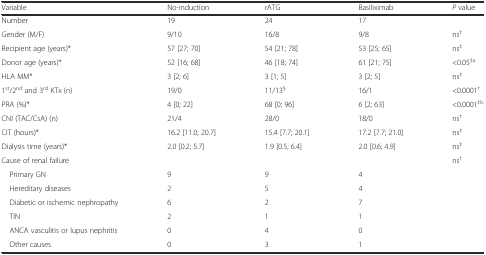
| Variable | No-induction | rATG | Basiliximab | P value |
 | --- | --- | --- | --- | --- |
 | Number | 19 | 24 | 17 |  |
 | Gender (M/F) | 9/10 | 16/8 | 9/8 | ns† |
 | Recipient age (years)* | 57 [27; 70] | 54 [21; 78] | 53 [25; 65] | ns‡ |
 | Donor age (years)* | 52 [16; 68] | 46 [18; 74] | 61 [21; 75] | <0.05‡a |
 | HLA MM* | 3 [2; 6] | 3 [1; 5] | 3 [2; 5] | ns‡ |
 | 1st/2nd and 3rd KTx (n) | 19/0 | 11/13§ | 16/1 | <0.0001† |
 | PRA (%)* | 4 [0; 22] | 68 [0; 96] | 6 [2; 63] | <0.0001‡b |
 | CNI (TAC/CsA) (n) | 21/4 | 28/0 | 18/0 | ns† |
 | CIT (hours)* | 16.2 [11.0; 20.7] | 15.4 [7.7; 20.1] | 17.2 [7.7; 21.0] | ns‡ |
 | Dialysis time (years)* | 2.0 [0.2; 5.7] | 1.9 [0.5; 6.4] | 2.0 [0.6; 4.9] | ns‡ |
 | Cause of renal failure |  |  |  | ns† |
 | Primary GN | 9 | 9 | 4 |  |
 | Hereditary diseases | 2 | 5 | 4 |  |
 | Diabetic or ischemic nephropathy | 6 | 2 | 7 |  |
 | TIN | 2 | 1 | 1 |  |
 | ANCA vasculitis or lupus nephritis | 0 | 4 | 0 |  |
 | Other causes | 0 | 3 | 1 |  |